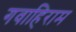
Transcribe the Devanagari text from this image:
गवाहिराम